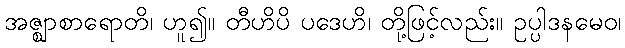
အဇ္ဈာစာရောတိ၊ ဟူ၍။ တီဟိပိ ပဒေဟိ၊ တို့ဖြင့်လည်း။ ဥပ္ပါဒနမေဝ၊